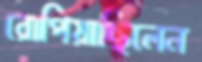
রোপিয়াছিলেন